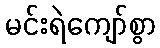
မင်းရဲကျော်စွာ